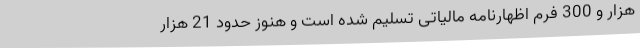
هزار و 300 فرم اظهارنامه مالیاتی تسلیم شده است و هنوز حدود 21 هزار